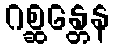
ဂစ္ဆန္တေန